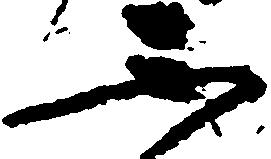
不